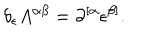
LaTeX: \delta _ { \epsilon } A ^ { \alpha \beta } = \partial ^ { [ \alpha } \epsilon ^ { \beta ] } .